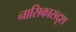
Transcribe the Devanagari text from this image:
नासिकासदृश